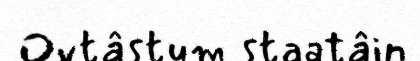
Ovtâstum staatâin